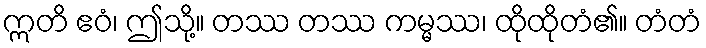
ဣတိ ဧဝံ၊ ဤသို့။ တဿ တဿ ကမ္မဿ၊ ထိုထိုတံ၏။ တံတံ